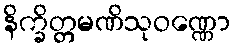
နိက္ခိတ္တမဏိသုဝဏ္ဏော